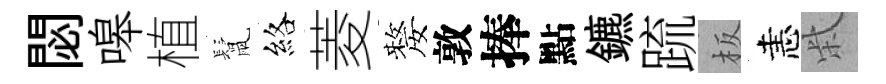
閟嗥植鬛絡菱嫠敦捧點鑣䟽板恚柴